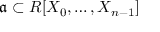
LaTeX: { \mathfrak { a } } \subset R [ X _ { 0 } , \dotsc , X _ { n - 1 } ]